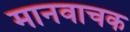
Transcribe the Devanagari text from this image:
मानवाचक